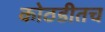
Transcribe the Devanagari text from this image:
कोठडीतच